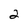
Character: 2